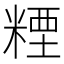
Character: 𥻛